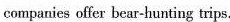
companics offer bear-hunting trips.